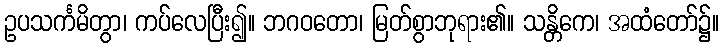
ဥပသင်္ကမိတွာ၊ ကပ်လေပြီး၍။ ဘဂဝတော၊ မြတ်စွာဘုရား၏။ သန္တိကေ၊ အထံတော်၌။